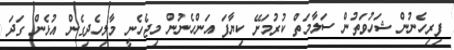
ފިރިހެނުން ޝަހުވަތުން ސަލާމަތް ކުރުމަށޭ ކިޔާފަ އަންހެނުން މިޖެހެނީ މާލިހެދިގެން އުޅެން ގަދަ